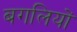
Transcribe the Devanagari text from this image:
बगलियों